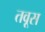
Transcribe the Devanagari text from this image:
तवूस